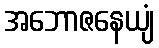
အဘောဇနေယျံ